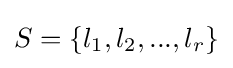
S=\{l_{1},l_{2},...,l_{r}\}